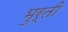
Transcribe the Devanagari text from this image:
भुर्ती